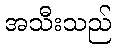
အသီးသည်